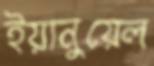
ইয়ানুয়েল